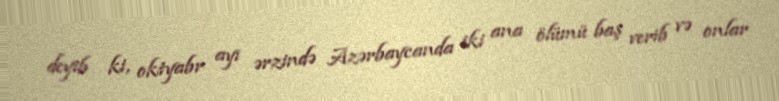
deyib ki, oktyabr ayı ərzində Azərbaycanda iki ana ölümü baş verib və onlar